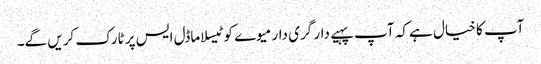
آپ کا خیال ہے کہ آپ پہیے دار گری دار میوے کو ٹیسلا ماڈل ایس پر ٹارک کریں گے۔